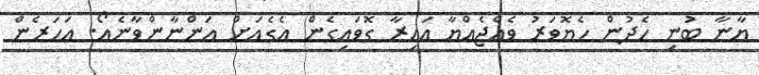
ޔާނާ ބުނި ހެދުން ހެޔޮވަރު ވެއްޖެއްޔާ އައިރާ ގޮވައިގެން އެގެއަށް އަންނާންވާނެއޯ. އަހަރެން